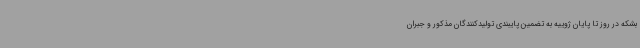
بشکه در روز تا پایان ژوییه به تضمین پایبندی تولیدکنندگان مذکور و جبران